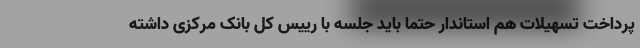
پرداخت تسهیلات هم استاندار حتما باید جلسه با رییس کل بانک مرکزی داشته